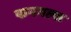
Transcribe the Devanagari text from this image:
फनगल्स